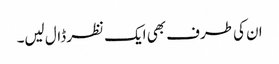
ان کی طرف بھی ایک نظر ڈال لیں۔